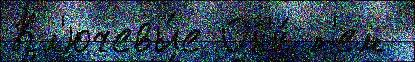
Кл'ючевы́е Он'и́ т'ем